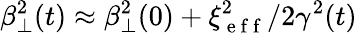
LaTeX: \beta_{\perp}^{2}(t)\approx\beta_{\perp}^{2}(0)+\xi_{\mathrm{~e~f~f~}}^{2}/2\gamma^{2}(t)